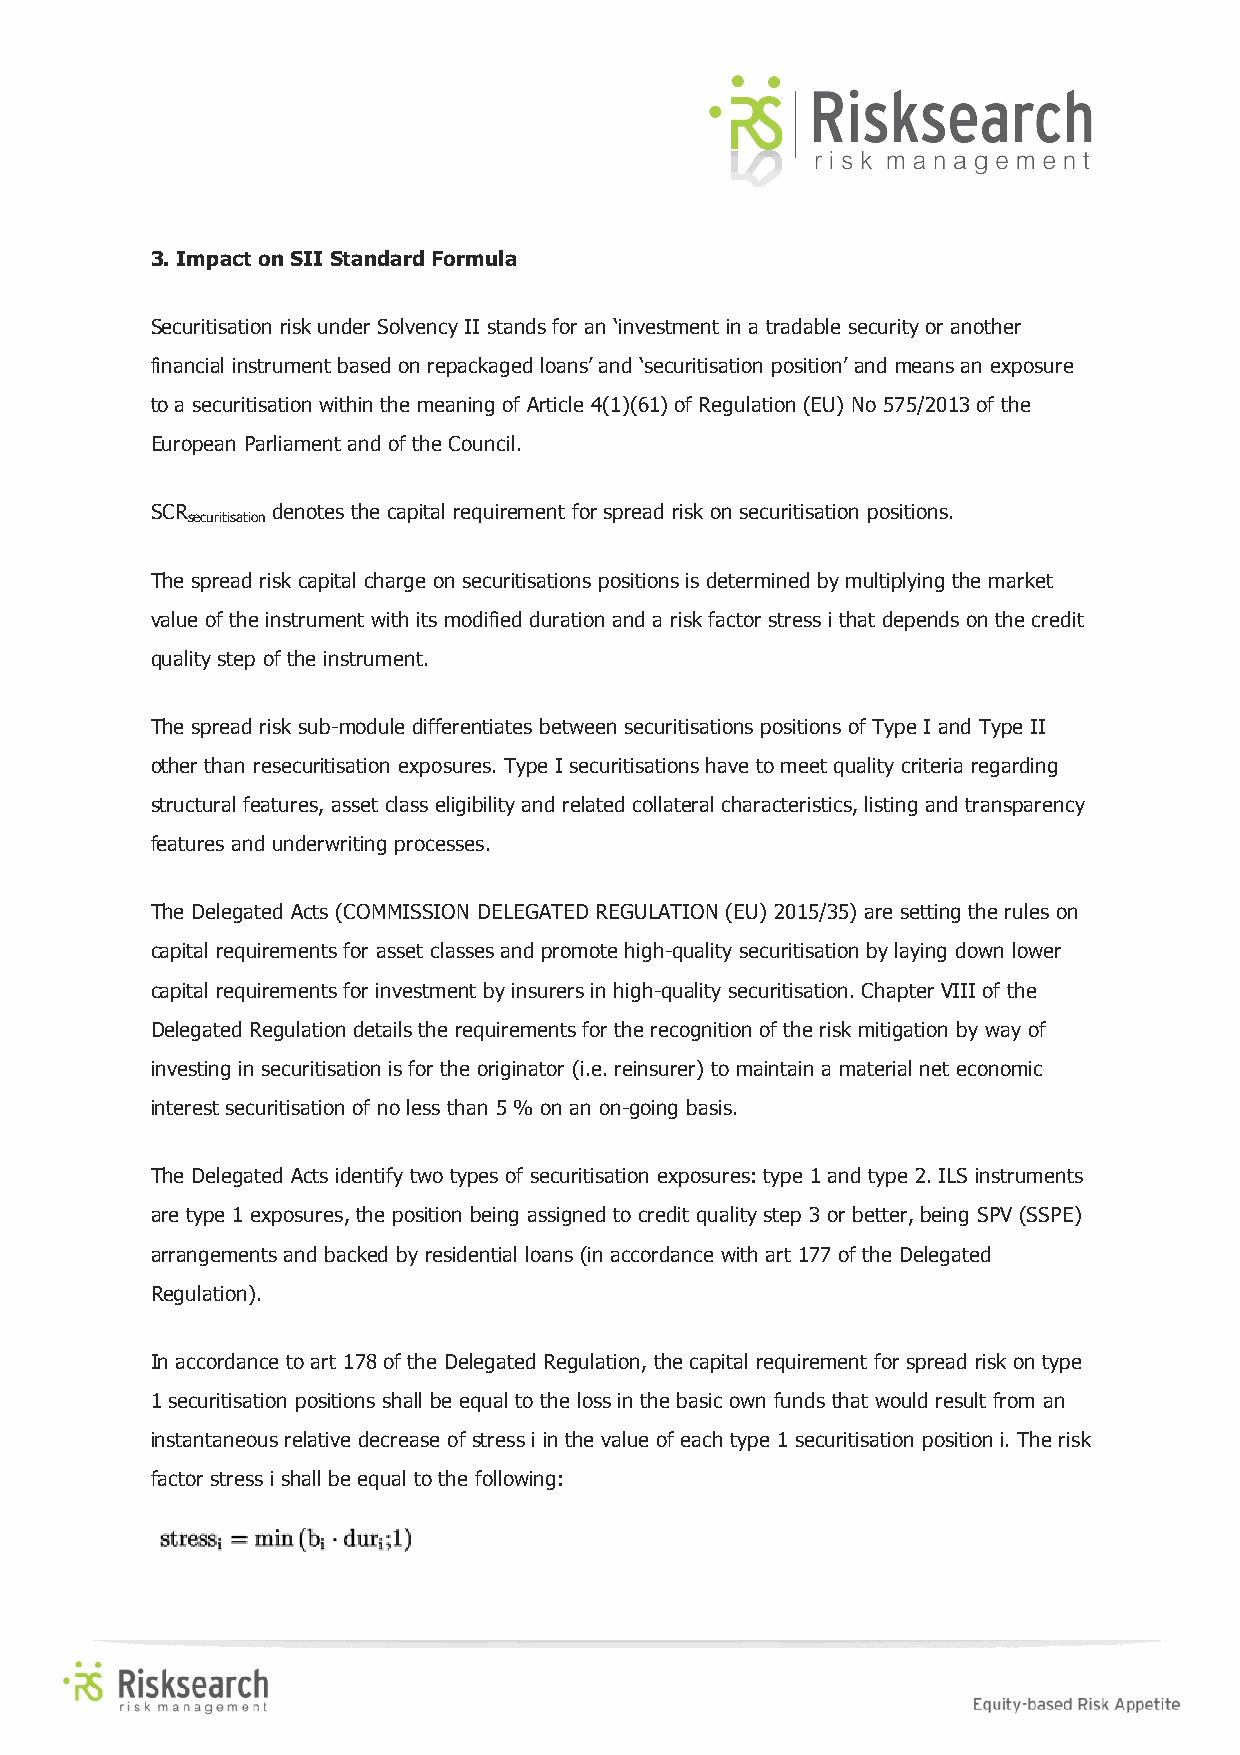
3. Impact on SII Standard Formula
 Securitisation risk under Solvency II stands for an ‘investment in a tradable security or another
 financial instrument based on repackaged loans’ and ‘securitisation position’ and means an exposure
 to a securitisation within the meaning of Article 4(1)(61) of Regulation (EU) No 575/2013 of the
 European Parliament and of the Council.
 SCR     denotes the capital requirement for spread risk on securitisation positions.
 securitisation
 The spread risk capital charge on securitisations positions is determined by multiplying the market
 value of the instrument with its modified duration and a risk factor stress i that depends on the credit
 quality step of the instrument.
 The spread risk sub-module differentiates between securitisations positions of Type I and Type II
 other than resecuritisation exposures. Type I securitisations have to meet quality criteria regarding
 structural features, asset class eligibility and related collateral characteristics, listing and transparency
 features and underwriting processes.
 The Delegated Acts (COMMISSION DELEGATED REGULATION (EU) 2015/35) are setting the rules on
 capital requirements for asset classes and promote high-quality securitisation by laying down lower
 capital requirements for investment by insurers in high-quality securitisation. Chapter VIII of the
 Delegated Regulation details the requirements for the recognition of the risk mitigation by way of
 investing in securitisation is for the originator (i.e. reinsurer) to maintain a material net economic
 interest securitisation of no less than 5 % on an on-going basis.
 The Delegated Acts identify two types of securitisation exposures: type 1 and type 2. ILS instruments
 are type 1 exposures, the position being assigned to credit quality step 3 or better, being SPV (SSPE)
 arrangements and backed by residential loans (in accordance with art 177 of the Delegated
 Regulation).
 In accordance to art 178 of the Delegated Regulation, the capital requirement for spread risk on type
 1 securitisation positions shall be equal to the loss in the basic own funds that would result from an
 instantaneous relative decrease of stress i in the value of each type 1 securitisation position i. The risk
 factor stress i shall be equal to the following: